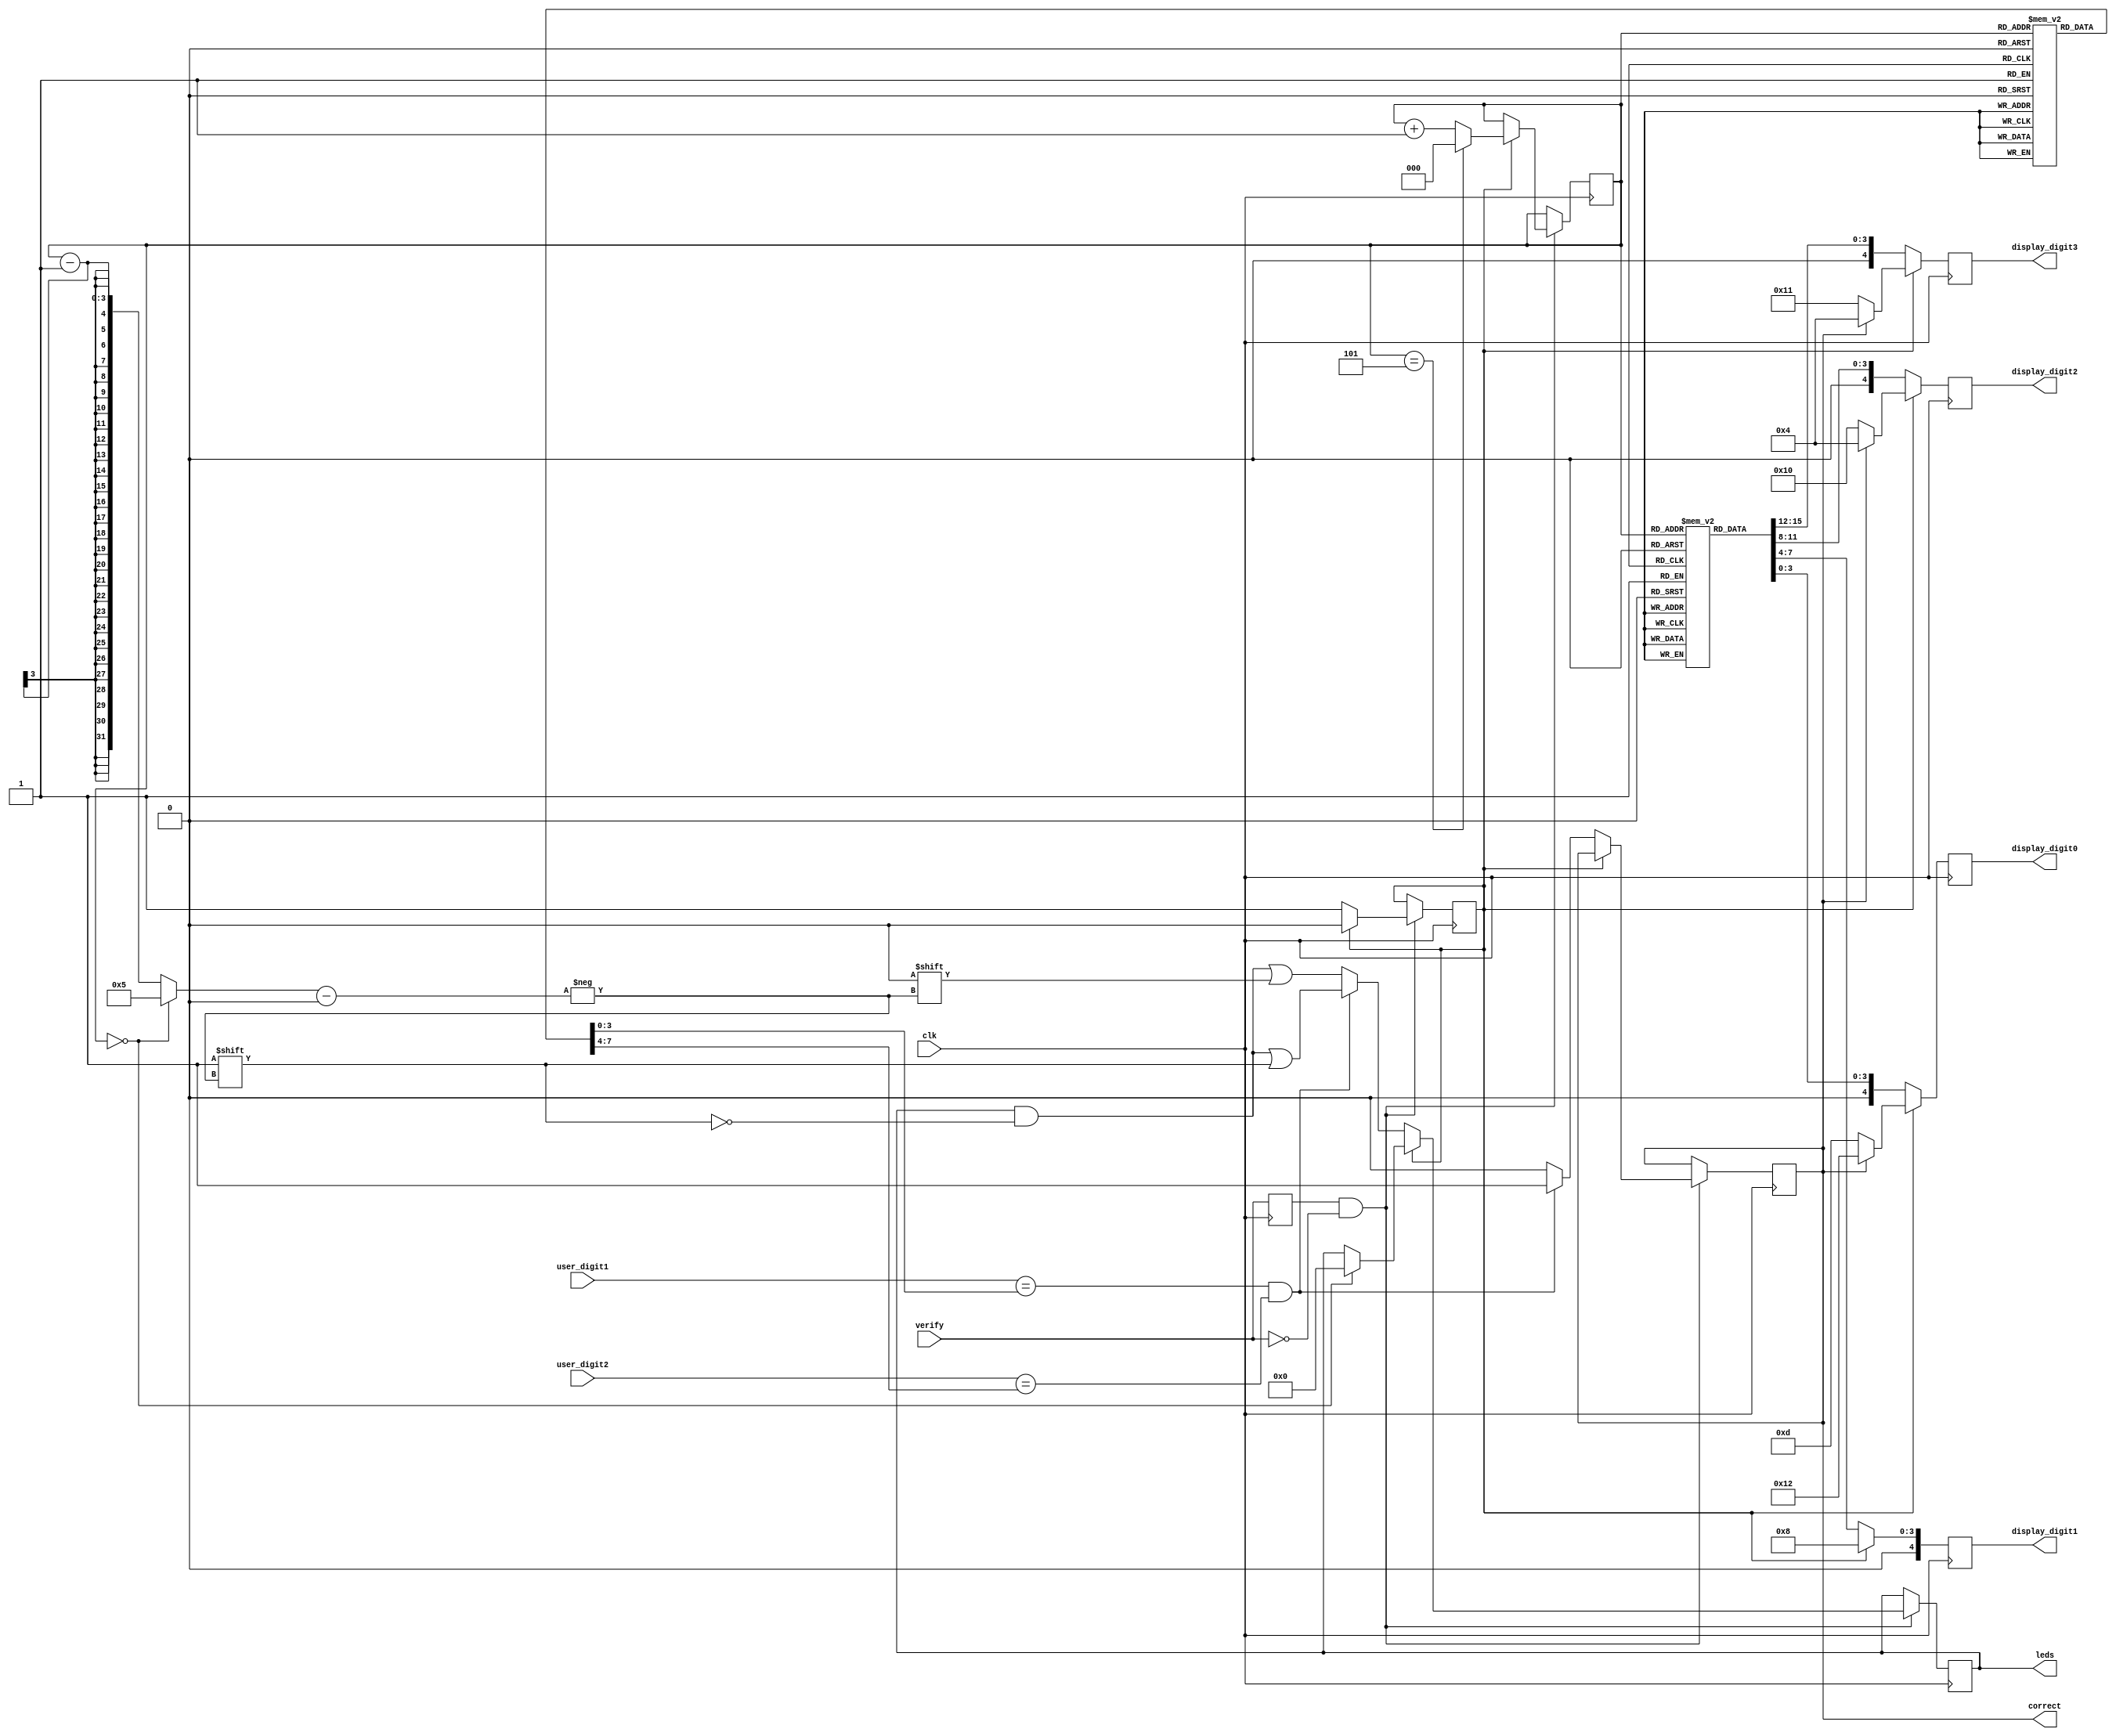
module chess_puzzle_logic(
    input clk,                         // System clock
    input [3:0] user_digit1,           // First digit of user input
    input [3:0] user_digit2,           // Second digit of user input
    input verify,                      // Signal to verify the solution
    output reg [4:0] display_digit0,   // Output for first display digit
    output reg [4:0] display_digit1,   // Output for second display digit
    output reg [4:0] display_digit2,   // Output for third display digit
    output reg [4:0] display_digit3,   // Output for fourth display digit
    output reg [4:0] leds,             // LEDs indicating correct answers
    output reg correct                 // Flag indicating if the answer is correct
);

    reg [7:0] puzzle_answers[5:0];    // Array to hold answers for each puzzle
    reg [23:0] puzzle_views[5:0];     // Array to hold views for each puzzle (24-bit for 6 characters)
    reg [2:0] current_puzzle;         // Current puzzle number
    reg verify_prev = 1;              // Previous state of the verify signal
    reg state = 0; // 0 for puzzle view, 1 for answer feedback

    initial begin
        // Initialize puzzles with their answers and views
        // Puzzle 1: Knight Fork
        puzzle_answers[1] = 8'b01001010; // Answer: Ne4 reversed
        puzzle_views[1] = 16'b0110101100101001; // View: b3 d7

        // Puzzle 2: Knight Fork
        puzzle_answers[2] = 8'b00111001; // Answer: 4b Nb4 reversed
        puzzle_views[2] = 16'b0101101000011000; // View: 6C 2A (A2 C6 reversed)

        // Puzzle 3: Bishop Fork
        puzzle_answers[3] = 8'b00111011; // Answer: 4d (Bd4 reversed)
        puzzle_views[3] = 16'b0010101001011101; // View: 3C 6F (F6 C3 reversed)

        // Puzzle 4: Bishop Skewer
        puzzle_answers[4] = 8'b00001100; // Answer: 1e (Be1 reversed)
        puzzle_views[4] = 16'b0100100000101010; // View: 5A 3C (C3 A5 reversed)

        // Puzzle 5: Queen Checkmate
        puzzle_answers[5] = 8'b01101001; // Answer: 7b (Qb7 reversed)
        puzzle_views[5] = 16'b0010110101111001; // View: 3F 8b (b8 F3 reversed)

        // Puzzle 6: King Draw
        puzzle_answers[0] = 8'b00101100; // Answer: 3e (Ke3 reversed)
        puzzle_views[0] = 16'b0101110001001100; // View: 6E 5E (E5 E6 reversed)

        current_puzzle = 0;
        leds = 6'b000000; // Initialize all LEDs to off
    end

always @(posedge clk) begin
    verify_prev <= verify;

    // When verify button is pressed
    if (verify_prev && ~verify) begin
        // Check if user input matches the puzzle answer
        if (state == 0) begin
            if (user_digit1 == puzzle_answers[current_puzzle][3:0] && 
                user_digit2 == puzzle_answers[current_puzzle][7:4]) begin
                correct <= 1;
                leds[current_puzzle == 0 ? 5 : current_puzzle - 1] <= 1; // Update LED for the current puzzle
            end else begin
                correct <= 0;
                leds[current_puzzle == 0 ? 5 : current_puzzle - 1] <= 0; // Update LED for the current puzzle
            end
            state <= 1; // Change state to answer feedback
        end else begin
            // Reset state and advance to the next puzzle
            state <= 0;
            current_puzzle <= (current_puzzle == 5) ? 0 : current_puzzle + 1;
            if (current_puzzle == 0) leds <= 6'b000000; // Reset LEDs when cycling back to the first puzzle
        end
    end

        // Display logic based on the current state
        if (state == 0) begin
            // Display the current puzzle view
            display_digit0 <= puzzle_views[current_puzzle][3:0];    
            display_digit1 <= puzzle_views[current_puzzle][7:4];    
            display_digit2 <= puzzle_views[current_puzzle][11:8];   
            display_digit3 <= puzzle_views[current_puzzle][15:12];  
        end else begin
// Display feedback based on correctness
if (correct) begin
    display_digit0 <= 7'b10010; //pass
    display_digit1 <= 7'b01000; 
    display_digit2 <= 7'b00100; 
    display_digit3 <= 7'b00100; 
end else begin
    display_digit0 <= 7'b01101; //fail
    display_digit1 <= 7'b01000; 
    display_digit2 <= 7'b10000; 
    display_digit3 <= 7'b10001; 
end


        end
    end
endmodule